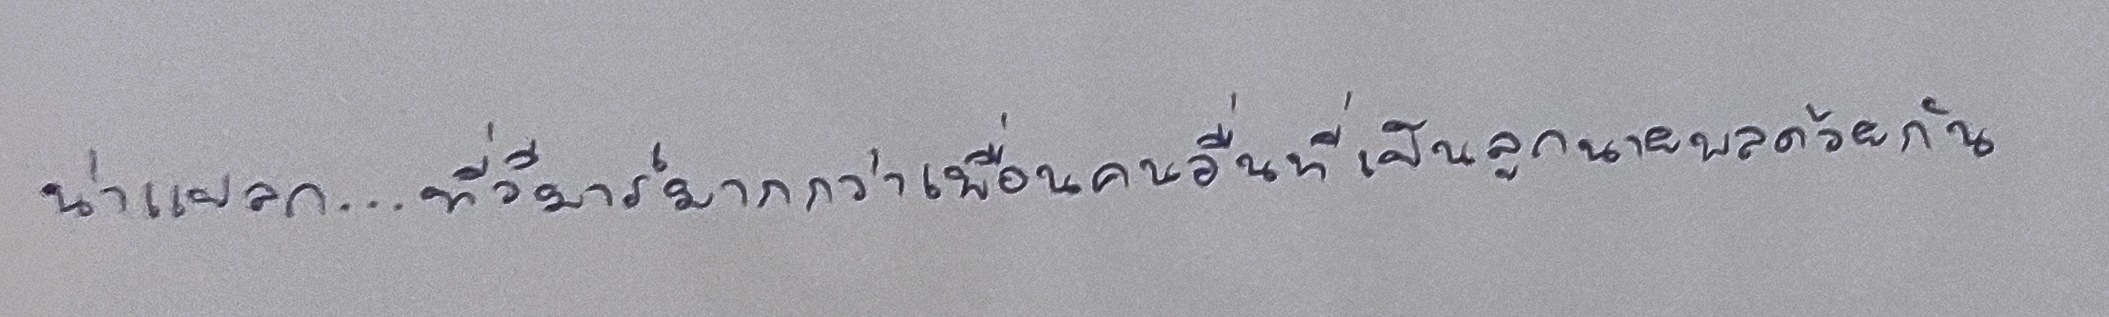
น่าแปลก...ที่วีมาร์มากกว่าเพื่อนคนอื่นที่เป็นลูกนายพลด้วยกัน